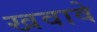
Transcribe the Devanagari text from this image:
खवावे